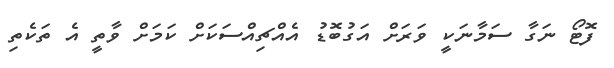
ފޮޓޯ ނަގާ ސަމާނަކީ ވަރަށް އަގުބޮޑު އެއްޗިއްސަކަށް ކަމަށް ވާތީ އެ ތަކެތި